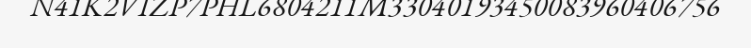
N41K2VIZP7PHL6804211M33040193450083960406756